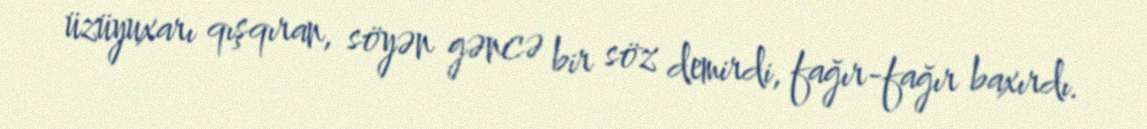
üzüyuxarı qışqıran, söyən gəncə bir söz demirdi, fağır-fağır baxırdı.